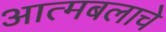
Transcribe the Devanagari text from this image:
आत्मबलाचे